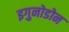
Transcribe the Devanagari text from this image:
इगुनोडोन